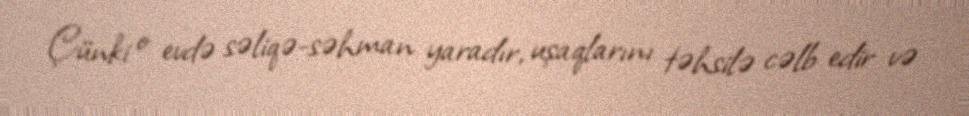
Çünki o evdə səliqə-səhman yaradır, uşaqlarını təhsilə cəlb edir və